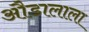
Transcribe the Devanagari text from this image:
औडालाला